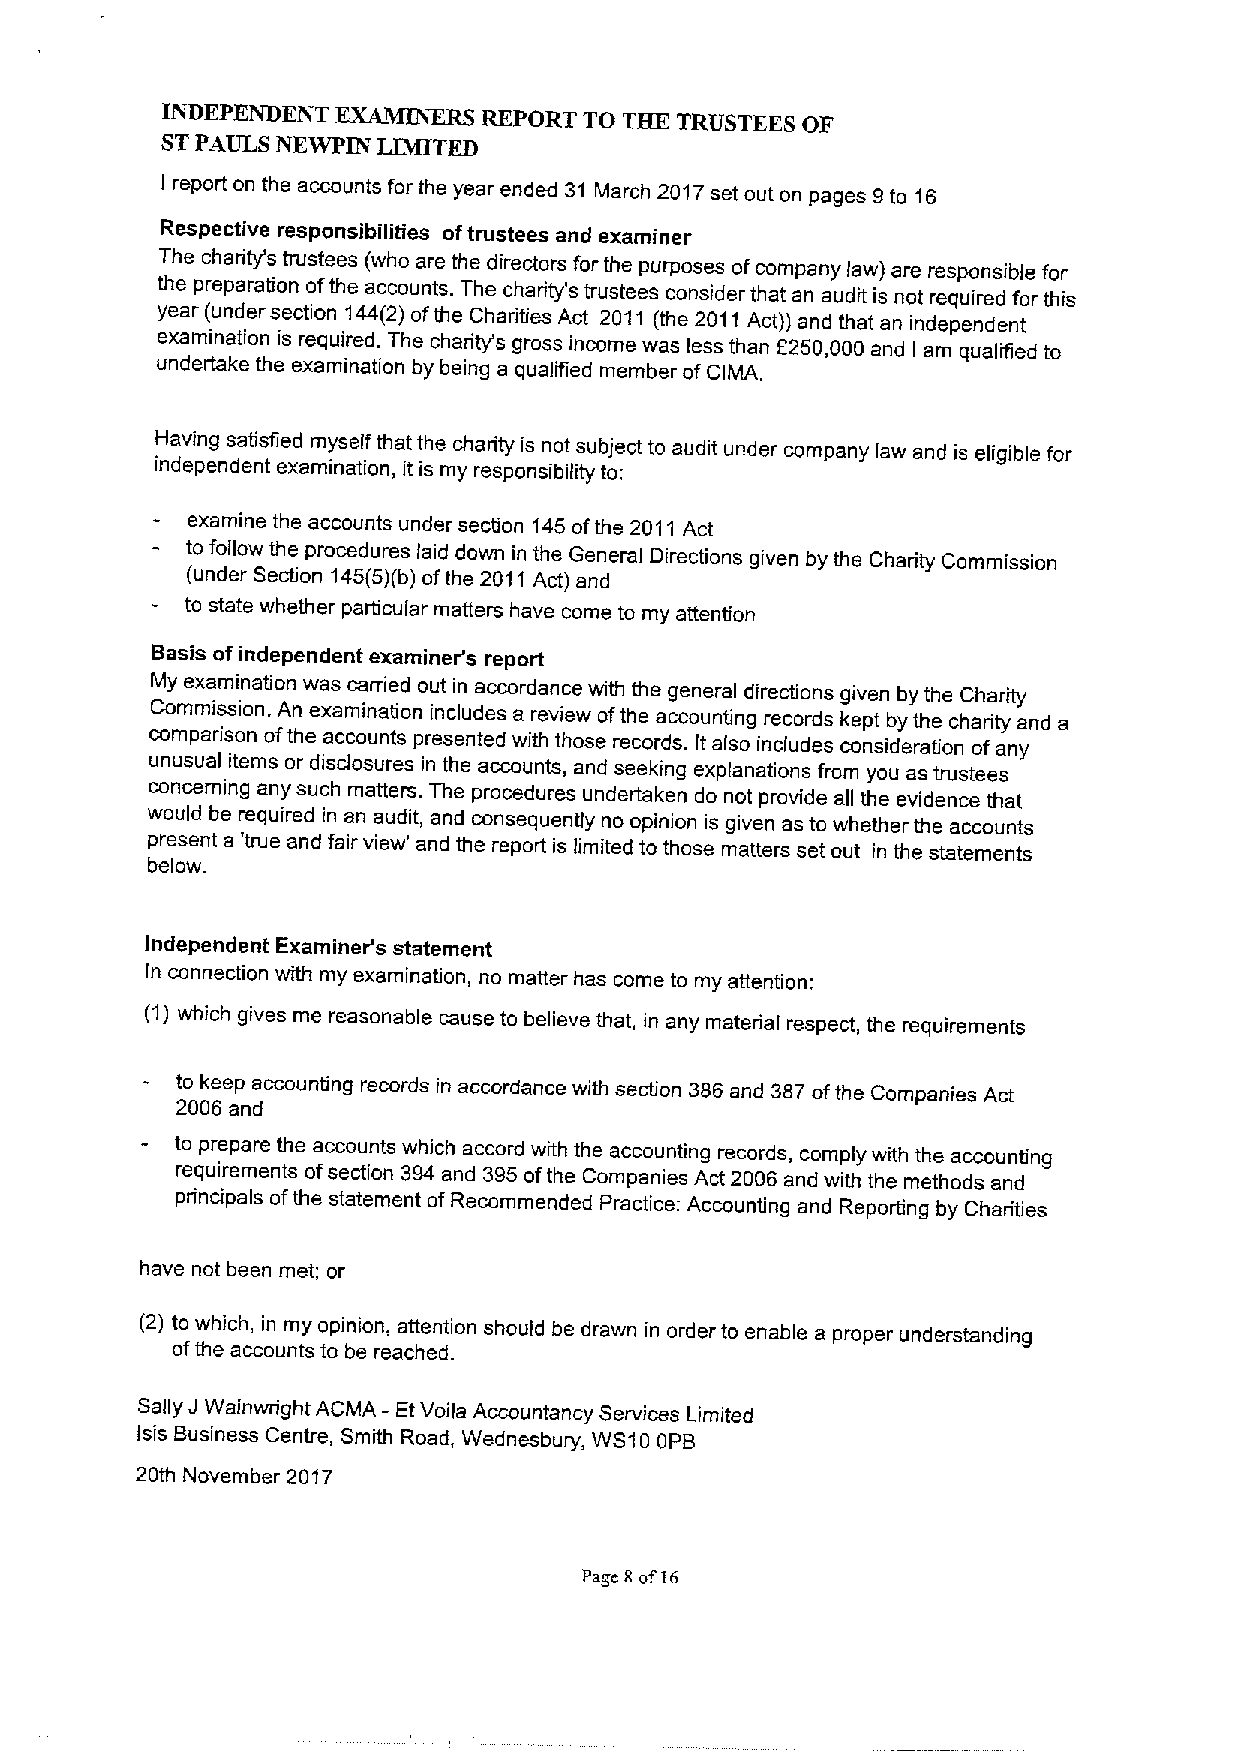
INDEPENDENT EXAMINERS REPORT TO THE TRUSTEES OF
 STPAULS NEWPIN IJMITED
 I report on the accounts for the year ended 31 March 2017set out on pages 9to 16
 Respective responsibilities oftrustees and examiner
 The charity's trustees (who are the directors for the purposes ofcompany law) are responsible for
 the preparation ofthe accounts. The charity's trustees consider that an audit is not required for this
 year (under section 144(2)ofthe Charities Act 2011 (the 2011Act)) and that an independent
 examination is required. The charity's gross income was less than 6250,000 and am qualified to
 undertake the examination by being a qualified member ofCIMA, I
 Having satisfied myseif that the charity is not subject to audit under company Iaw and is eligible for
 independent examination, it is my responsibility to:
 examine the accounts under section 145ofthe 2011 Act
 to follow the procedures laid down in the General Directions given by the Charity Commission
 (under Section 145(5)(b)ofthe 2011Act) and
 to state whether particular matters have come to my attention
 Basis of independent examiner's report
 My examination was carried out in accordance with the general directions given by the Charity
 Commission. An examination includes a review ofthe accounting records kept by the charity and a
 comparison ofthe accounts presented with those records. Italso inciudes consideration ofany
 unusual items or disclosures in the accounts, and seeking explanations from you as trustees
 concerning any such matters. The procedures undertaken do not provide all the evidence that
 would be required in an audit, and consequently no opinion is given as to whether the accounts
 present a 'true and fair view' and the report is limited to those matters set out in the statements
 below.
 Independent Examiner's statement
 In connection with my examination, no matter has come to my attention:
 (1)which gives me reasonable cause to believe that, in any material respect, the requirements
 to keep accounting records in accordance with section 386and 387ofthe Companies Act
 2006 and
 to prepare the accounts which accord with the accounting records, comply with the accounting
 requirements ofsection 394and 395ofthe Companies Act 2006 and with the methods and
 principals ofthe statement ofRecommended Practice: Accounting and Reporting by Charities
 have not been met; or
 (2) to which, in my opinion, attention should be drawn in order to enable a proper understanding
 ofthe accounts to be reached.
 Sally J Wainwright ACMA - EtVoila Accountancy Services Limited
 Isis Business Centre, Smith Road, Wednesbury, WS10 OPB
 20th November 2017
 Pasc ii of 16